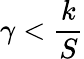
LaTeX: \gamma<\frac{k}{S}